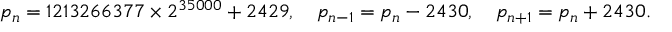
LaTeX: p _ { n } = 1 2 1 3 2 6 6 3 7 7 \times 2 ^ { 3 5 0 0 0 } + 2 4 2 9 , \quad p _ { n - 1 } = p _ { n } - 2 4 3 0 , \quad p _ { n + 1 } = p _ { n } + 2 4 3 0 .